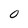
Character: o